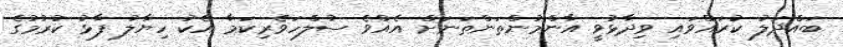
ބައްދަލު ކުރައްވައި ވިދާޅުވީ އާންމުންތަންތަނަށް އެއްވެ ސުލްހަވެރިކަމާ އެކު ހިޔާލު ފާޅު ކުރުމުގެ